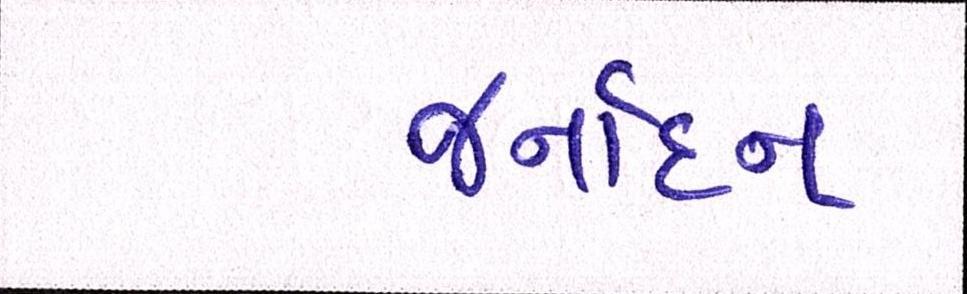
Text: જર્નાદન